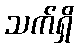
သက်ရှိ